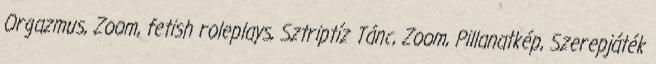
Orgazmus, Zoom, fetish roleplays, Sztriptíz Tánc, Zoom, Pillanatkép, Szerepjáték